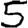
Digit: 5